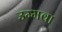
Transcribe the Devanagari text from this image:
उम्मवा